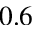
0 . 6